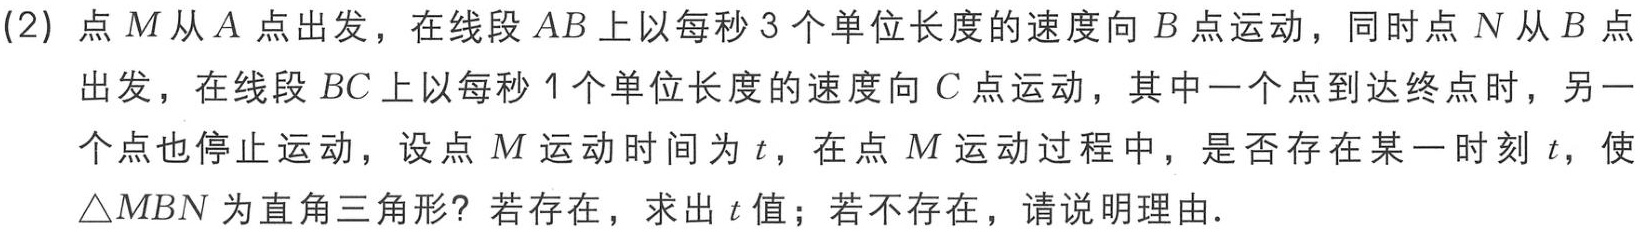
(2) 点 \(M\) 从 \(A\) 点出发，在线段 \(AB\) 上以每秒 \(3\) 个单位长度的速度向 \(B\) 点运动，同时点 \(N\) 从 \(B\) 点出发，在线段 \(BC\) 上以每秒 \(1\) 个单位长度的速度向 \(C\) 点运动，其中一个点到达终点时，另一个点也停止运动，设点 \(M\) 运动时间为 \(t\)，在点 \(M\) 运动过程中，是否存在某一时刻 \(t\)，使 \(\triangle MBN\) 为直角三角形？若存在，求出 \(t\) 值；若不存在，请说明理由.